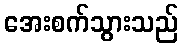
အေးစက်သွားသည်